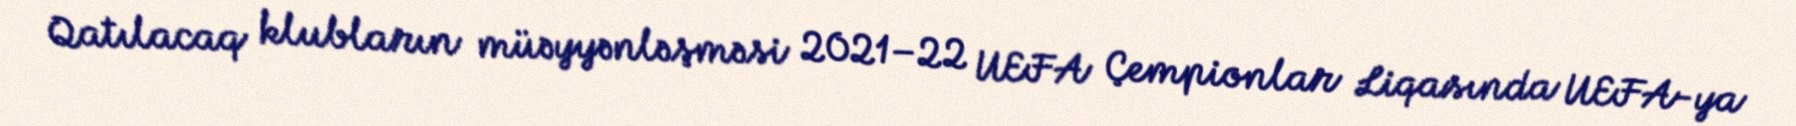
Qatılacaq klubların müəyyənləşməsi 2021–22 UEFA Çempionlar Liqasında UEFA-ya